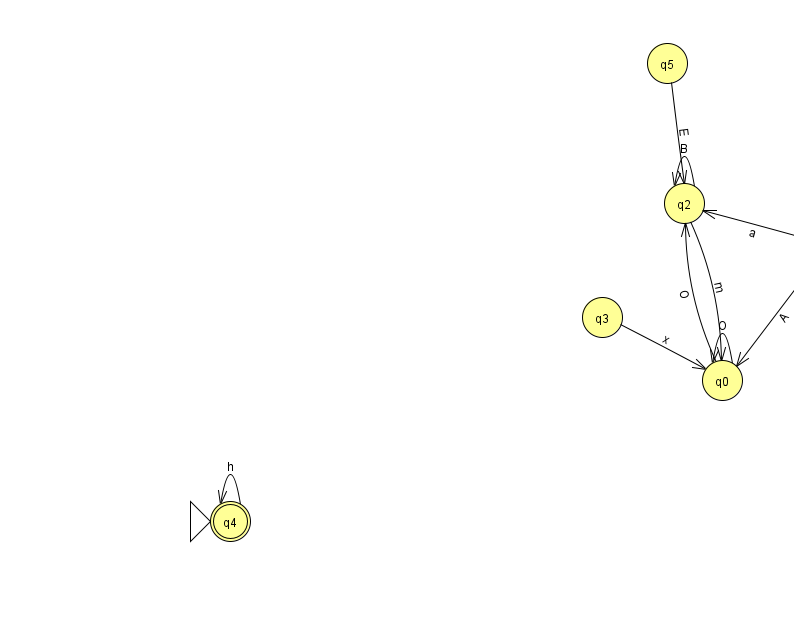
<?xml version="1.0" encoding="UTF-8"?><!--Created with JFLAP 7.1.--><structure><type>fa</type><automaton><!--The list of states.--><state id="0" name="q0"><x>722.0</x><y>367.0</y></state><state id="1" name="q1"><x>828.0</x><y>228.0</y></state><state id="2" name="q2"><x>684.0</x><y>190.0</y></state><state id="3" name="q3"><x>602.0</x><y>304.0</y></state><state id="4" name="q4"><x>230.0</x><y>508.0</y><initial/><final/></state><state id="5" name="q5"><x>667.0</x><y>50.0</y></state><state id="6" name="q6"><x>966.0</x><y>213.0</y></state><!--The list of transitions.--><transition><from>1</from><to>0</to><read>A</read></transition><transition><from>2</from><to>2</to><read>B</read></transition><transition><from>3</from><to>0</to><read>x</read></transition><transition><from>1</from><to>2</to><read>a</read></transition><transition><from>4</from><to>4</to><read>h</read></transition><transition><from>0</from><to>2</to><read>O</read></transition><transition><from>1</from><to>1</to><read>Y</read></transition><transition><from>2</from><to>0</to><read>m</read></transition><transition><from>5</from><to>2</to><read>E</read></transition><transition><from>0</from><to>0</to><read>O</read></transition><transition><from>1</from><to>6</to><read>T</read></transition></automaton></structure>